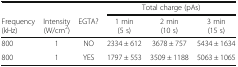
<table><thead><tr><td></td><td></td><td></td><td colspan="3"><b>Total charge (pAs)</b></td></tr><tr><td><b>Frequency (kHz)</b></td><td><b>Intensity (W/cm<sup>2</sup>)</b></td><td><b>EGTA?</b></td><td><b>1 min (5 s)</b></td><td><b>2 min (10 s)</b></td><td><b>3 min (15 s)</b></td></tr></thead><tbody><tr><td>800</td><td>1</td><td>NO</td><td>2334 ± 612</td><td>3678 ± 757</td><td>5434 ± 1634</td></tr><tr><td>800</td><td>1</td><td>YES</td><td>1797 ± 553</td><td>3509 ± 1188</td><td>5063 ± 1065</td></tr></tbody></table>